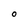
Character: 0